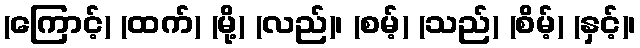
(ကြောင့်) (ထက်) (မို့) (လည်)၊ (စမ့်) (သည်) (စိမ့်) (နှင့်)၊